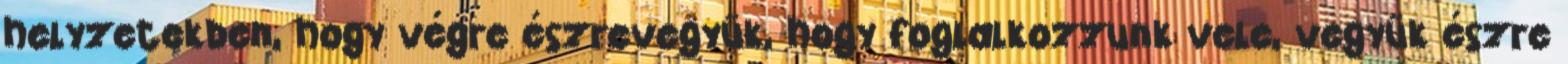
helyzetekben, hogy végre észrevegyük, hogy foglalkozzunk vele, vegyük észre